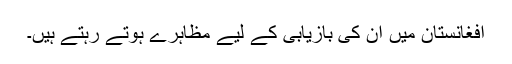
افغانستان میں ان کی بازیابی کے لیے مظاہرے ہوتے رہتے ہیں۔